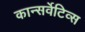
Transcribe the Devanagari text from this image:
कान्सर्वेटिव्स